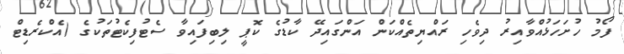
ފޯމު ހުށަހަޅުއްވާއިރު ދިވެހި ރައްޔިތެއްކަން އަންގައިދޭ ކާޑުގެ ކޮޕީ ލިބިފައިވާ ސެޓުފިކެޓުތަކުގެ (އެކްރެޑިޓް